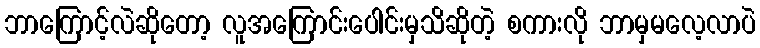
ဘာကြောင့်လဲဆိုတော့ လူအကြောင်းပေါင်းမှသိဆိုတဲ့ စကားလို ဘာမှမလေ့လာပဲ